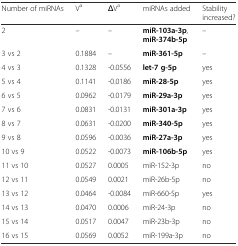
<table><thead><tr><td><b>Number of miRNAs</b></td><td><b>V<sup>a</sup></b></td><td><b>ΔV<sup>a</sup></b></td><td><b>miRNAs added</b></td><td><b>Stability increased?</b></td></tr></thead><tbody><tr><td>2</td><td>–</td><td>–</td><td><b>miR-103a-3p</b>, <b>miR-374b-5p</b></td><td>–</td></tr><tr><td>3 vs 2</td><td>0.1884</td><td>–</td><td><b>miR-361-5p</b></td><td>–</td></tr><tr><td>4 vs 3</td><td>0.1328</td><td>-0.0556</td><td><b>let-7 g-5p</b></td><td>yes</td></tr><tr><td>5 vs 4</td><td>0.1141</td><td>-0.0186</td><td><b>miR-28-5p</b></td><td>yes</td></tr><tr><td>6 vs 5</td><td>0.0962</td><td>-0.0179</td><td><b>miR-29a-3p</b></td><td>yes</td></tr><tr><td>7 vs 6</td><td>0.0831</td><td>-0.0131</td><td><b>miR-301a-3p</b></td><td>yes</td></tr><tr><td>8 vs 7</td><td>0.0631</td><td>-0.0200</td><td><b>miR-340-5p</b></td><td>yes</td></tr><tr><td>9 vs 8</td><td>0.0596</td><td>-0.0036</td><td><b>miR-27a-3p</b></td><td>yes</td></tr><tr><td>10 vs 9</td><td>0.0522</td><td>-0.0073</td><td><b>miR-106b-5p</b></td><td>yes</td></tr><tr><td>11 vs 10</td><td>0.0527</td><td>0.0005</td><td>miR-152-3p</td><td>no</td></tr><tr><td>12 vs 11</td><td>0.0549</td><td>0.0021</td><td>miR-26b-5p</td><td>no</td></tr><tr><td>13 vs 12</td><td>0.0464</td><td>-0.0084</td><td>miR-660-5p</td><td>yes</td></tr><tr><td>14 vs 13</td><td>0.0470</td><td>0.0006</td><td>miR-24-3p</td><td>no</td></tr><tr><td>15 vs 14</td><td>0.0517</td><td>0.0047</td><td>miR-23b-3p</td><td>no</td></tr><tr><td>16 vs 15</td><td>0.0569</td><td>0.0052</td><td>miR-199a-3p</td><td>no</td></tr></tbody></table>